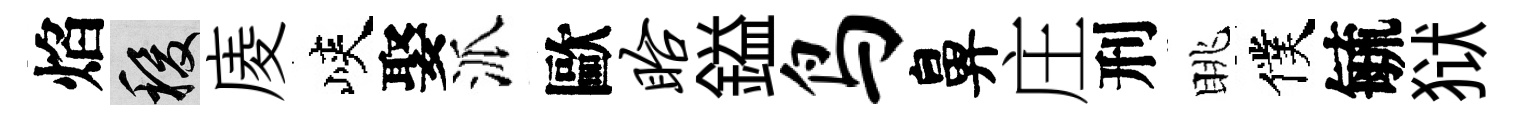
焰稷庱峽娶派歐眙鎰鸟鼻庄刑眺僕毓狱